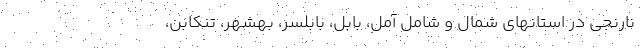
نارنجی در استانهای شمال و شامل آمل، بابل، بابلسر، بهشهر، تنکابن،